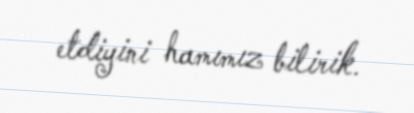
etdiyini hamımız bilirik.